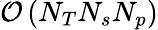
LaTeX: \mathcal{O}\left(N_{T}N_{s}N_{p}\right)